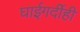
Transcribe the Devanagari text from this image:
घाईगर्दीही